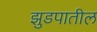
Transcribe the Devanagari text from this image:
झुडपातील